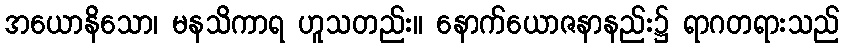
အယောနိသော၊ မနသိကာရ ဟူသတည်း။ နောက်ယောဇနာနည်း၌ ရာဂတရားသည်